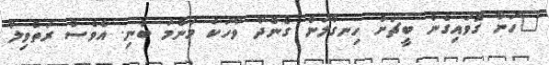
"ހަނާ ގޮވައިގެން ބީޗަށް ހިނގާލަން ގެންދާ ވާހަކަ މަންމަ ބުނި. އެވެސް ރަތްވިލާ